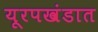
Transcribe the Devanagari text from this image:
यूरपखंडात